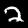
Digit: 2